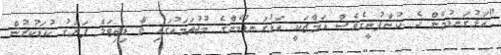
"އަޅުގަނޑުމެން ދެ ކުންފުނީގެވެސް އަމާޒަކީ އަޅުގަނޑުމެންގެ މުޖުތަމައުގައި ވާ ޑިޖިޓަލް ފަރަގު ކުޑަކުރުން